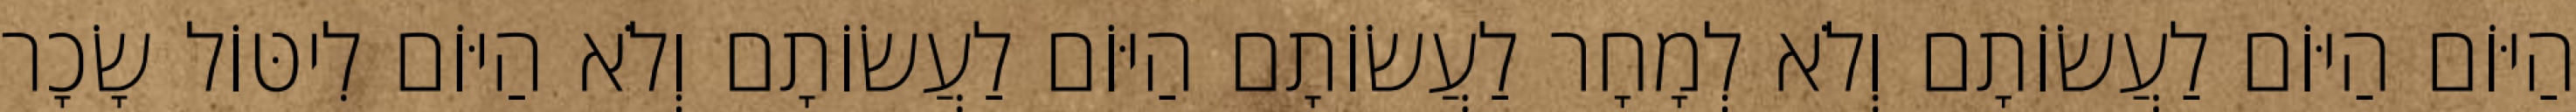
הַיּוֹם הַיּוֹם לַעֲשׂוֹתָם וְלֹא לְמָחָר לַעֲשׂוֹתָם הַיּוֹם לַעֲשׂוֹתָם וְלֹא הַיּוֹם לִיטּוֹל שָׂכָר